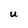
Character: u